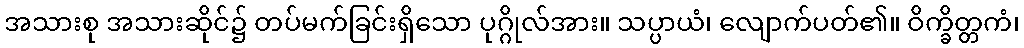
အသားစု အသားဆိုင်၌ တပ်မက်ခြင်းရှိသော ပုဂ္ဂိုလ်အား။ သပ္ပာယံ၊ လျောက်ပတ်၏။ ဝိက္ခိတ္တကံ၊